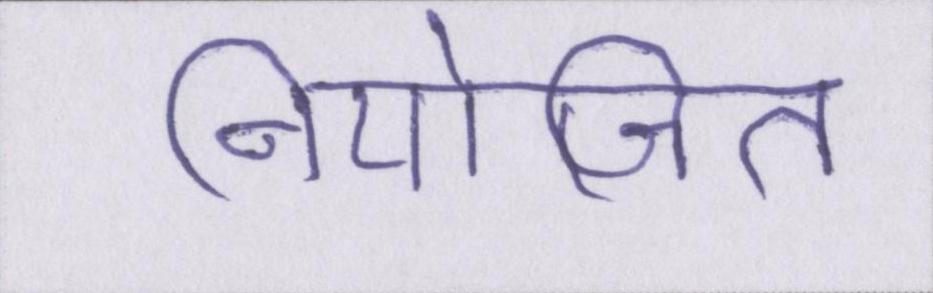
नियोजित